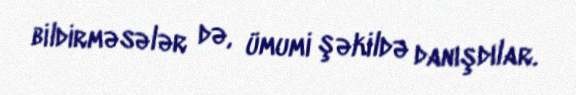
bildirməsələr də, ümumi şəkildə danışdılar.